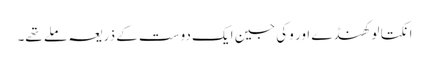
انکتا لوکھنڈے اور وکی جین ایک دوست کے ذریعہ ملے تھے۔